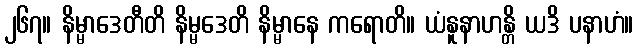
၂၆၇။ နိမ္မာဒေတီတိ နိမ္မဒေတိ နိမ္မာနေ ကရောတိ။ ယံနူနာဟန္တိ ယဒိ ပနာဟံ။